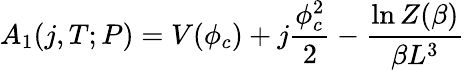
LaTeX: A_{1}(j,T;P)=V(\phi_{c})+j{\frac{\phi_{c}^{2}}{2}}-{\frac{\ln Z(\beta)}{\beta L^{3}}}